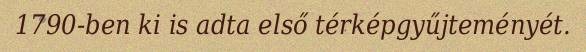
1790-ben ki is adta első térképgyűjteményét.